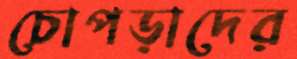
চোপড়াদের